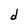
Character: d